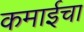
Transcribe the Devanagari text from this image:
कमाईचा